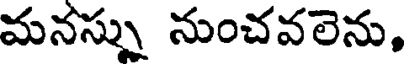
మనస్ను నుంచవలెను,